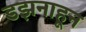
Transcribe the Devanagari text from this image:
डझनाहून